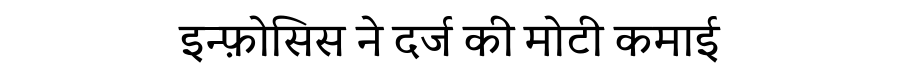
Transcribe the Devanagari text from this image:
इन्फ़ोसिस ने दर्ज की मोटी कमाई